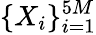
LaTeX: \{ X_{i}\} _{i=1}^{5M}